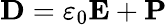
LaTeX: \mathbf{D}=\varepsilon_{0}\mathbf{E}+\mathbf{P}